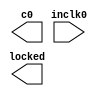
// megafunction wizard: %ALTPLL%VBB%
// GENERATION: STANDARD
// VERSION: WM1.0
// MODULE: altpll 

// ============================================================
// Megafunction Name(s):
// 			altpll
//
// Simulation Library Files(s):
// 			altera_mf
// ============================================================
// ************************************************************
// THIS IS A WIZARD-GENERATED FILE. DO NOT EDIT THIS FILE!
//
// 19.1.0 Build 670 09/22/2019 SJ Lite Edition
// ************************************************************

//Copyright (C) 2019  Intel Corporation. All rights reserved.
//Your use of Intel Corporation's design tools, logic functions 
//and other software and tools, and any partner logic 
//functions, and any output files from any of the foregoing 
//(including device programming or simulation files), and any 
//associated documentation or information are expressly subject 
//to the terms and conditions of the Intel Program License 
//Subscription Agreement, the Intel Quartus Prime License Agreement,
//the Intel FPGA IP License Agreement, or other applicable license
//agreement, including, without limitation, that your use is for
//the sole purpose of programming logic devices manufactured by
//Intel and sold by Intel or its authorized distributors.  Please
//refer to the applicable agreement for further details, at
//https://fpgasoftware.intel.com/eula.

module my_pll (
	inclk0,
	c0,
	locked);

	input	  inclk0;
	output	  c0;
	output	  locked;

endmodule

// ============================================================
// CNX file retrieval info
// ============================================================
// Retrieval info: PRIVATE: ACTIVECLK_CHECK STRING "0"
// Retrieval info: PRIVATE: BANDWIDTH STRING "1.000"
// Retrieval info: PRIVATE: BANDWIDTH_FEATURE_ENABLED STRING "1"
// Retrieval info: PRIVATE: BANDWIDTH_FREQ_UNIT STRING "MHz"
// Retrieval info: PRIVATE: BANDWIDTH_PRESET STRING "Low"
// Retrieval info: PRIVATE: BANDWIDTH_USE_AUTO STRING "1"
// Retrieval info: PRIVATE: BANDWIDTH_USE_PRESET STRING "0"
// Retrieval info: PRIVATE: CLKBAD_SWITCHOVER_CHECK STRING "0"
// Retrieval info: PRIVATE: CLKLOSS_CHECK STRING "0"
// Retrieval info: PRIVATE: CLKSWITCH_CHECK STRING "0"
// Retrieval info: PRIVATE: CNX_NO_COMPENSATE_RADIO STRING "0"
// Retrieval info: PRIVATE: CREATE_CLKBAD_CHECK STRING "0"
// Retrieval info: PRIVATE: CREATE_INCLK1_CHECK STRING "0"
// Retrieval info: PRIVATE: CUR_DEDICATED_CLK STRING "c0"
// Retrieval info: PRIVATE: CUR_FBIN_CLK STRING "c0"
// Retrieval info: PRIVATE: DEVICE_SPEED_GRADE STRING "Any"
// Retrieval info: PRIVATE: DIV_FACTOR0 NUMERIC "2"
// Retrieval info: PRIVATE: DUTY_CYCLE0 STRING "50.00000000"
// Retrieval info: PRIVATE: EFF_OUTPUT_FREQ_VALUE0 STRING "50.000000"
// Retrieval info: PRIVATE: EXPLICIT_SWITCHOVER_COUNTER STRING "0"
// Retrieval info: PRIVATE: EXT_FEEDBACK_RADIO STRING "0"
// Retrieval info: PRIVATE: GLOCKED_COUNTER_EDIT_CHANGED STRING "1"
// Retrieval info: PRIVATE: GLOCKED_FEATURE_ENABLED STRING "0"
// Retrieval info: PRIVATE: GLOCKED_MODE_CHECK STRING "0"
// Retrieval info: PRIVATE: GLOCK_COUNTER_EDIT NUMERIC "1048575"
// Retrieval info: PRIVATE: HAS_MANUAL_SWITCHOVER STRING "1"
// Retrieval info: PRIVATE: INCLK0_FREQ_EDIT STRING "100.000"
// Retrieval info: PRIVATE: INCLK0_FREQ_UNIT_COMBO STRING "MHz"
// Retrieval info: PRIVATE: INCLK1_FREQ_EDIT STRING "100.000"
// Retrieval info: PRIVATE: INCLK1_FREQ_EDIT_CHANGED STRING "1"
// Retrieval info: PRIVATE: INCLK1_FREQ_UNIT_CHANGED STRING "1"
// Retrieval info: PRIVATE: INCLK1_FREQ_UNIT_COMBO STRING "MHz"
// Retrieval info: PRIVATE: INTENDED_DEVICE_FAMILY STRING "MAX 10"
// Retrieval info: PRIVATE: INT_FEEDBACK__MODE_RADIO STRING "1"
// Retrieval info: PRIVATE: LOCKED_OUTPUT_CHECK STRING "1"
// Retrieval info: PRIVATE: LONG_SCAN_RADIO STRING "1"
// Retrieval info: PRIVATE: LVDS_MODE_DATA_RATE STRING "Not Available"
// Retrieval info: PRIVATE: LVDS_MODE_DATA_RATE_DIRTY NUMERIC "0"
// Retrieval info: PRIVATE: LVDS_PHASE_SHIFT_UNIT0 STRING "deg"
// Retrieval info: PRIVATE: MIG_DEVICE_SPEED_GRADE STRING "Any"
// Retrieval info: PRIVATE: MIRROR_CLK0 STRING "0"
// Retrieval info: PRIVATE: MULT_FACTOR0 NUMERIC "1"
// Retrieval info: PRIVATE: NORMAL_MODE_RADIO STRING "1"
// Retrieval info: PRIVATE: OUTPUT_FREQ0 STRING "100.00000000"
// Retrieval info: PRIVATE: OUTPUT_FREQ_MODE0 STRING "0"
// Retrieval info: PRIVATE: OUTPUT_FREQ_UNIT0 STRING "MHz"
// Retrieval info: PRIVATE: PHASE_RECONFIG_FEATURE_ENABLED STRING "1"
// Retrieval info: PRIVATE: PHASE_RECONFIG_INPUTS_CHECK STRING "0"
// Retrieval info: PRIVATE: PHASE_SHIFT0 STRING "0.00000000"
// Retrieval info: PRIVATE: PHASE_SHIFT_STEP_ENABLED_CHECK STRING "0"
// Retrieval info: PRIVATE: PHASE_SHIFT_UNIT0 STRING "deg"
// Retrieval info: PRIVATE: PLL_ADVANCED_PARAM_CHECK STRING "0"
// Retrieval info: PRIVATE: PLL_ARESET_CHECK STRING "0"
// Retrieval info: PRIVATE: PLL_AUTOPLL_CHECK NUMERIC "1"
// Retrieval info: PRIVATE: PLL_ENHPLL_CHECK NUMERIC "0"
// Retrieval info: PRIVATE: PLL_FASTPLL_CHECK NUMERIC "0"
// Retrieval info: PRIVATE: PLL_FBMIMIC_CHECK STRING "0"
// Retrieval info: PRIVATE: PLL_LVDS_PLL_CHECK NUMERIC "0"
// Retrieval info: PRIVATE: PLL_PFDENA_CHECK STRING "0"
// Retrieval info: PRIVATE: PLL_TARGET_HARCOPY_CHECK NUMERIC "0"
// Retrieval info: PRIVATE: PRIMARY_CLK_COMBO STRING "inclk0"
// Retrieval info: PRIVATE: RECONFIG_FILE STRING "my_pll.mif"
// Retrieval info: PRIVATE: SACN_INPUTS_CHECK STRING "0"
// Retrieval info: PRIVATE: SCAN_FEATURE_ENABLED STRING "1"
// Retrieval info: PRIVATE: SELF_RESET_LOCK_LOSS STRING "0"
// Retrieval info: PRIVATE: SHORT_SCAN_RADIO STRING "0"
// Retrieval info: PRIVATE: SPREAD_FEATURE_ENABLED STRING "0"
// Retrieval info: PRIVATE: SPREAD_FREQ STRING "50.000"
// Retrieval info: PRIVATE: SPREAD_FREQ_UNIT STRING "KHz"
// Retrieval info: PRIVATE: SPREAD_PERCENT STRING "0.500"
// Retrieval info: PRIVATE: SPREAD_USE STRING "0"
// Retrieval info: PRIVATE: SRC_SYNCH_COMP_RADIO STRING "0"
// Retrieval info: PRIVATE: STICKY_CLK0 STRING "1"
// Retrieval info: PRIVATE: STICKY_CLK1 STRING "0"
// Retrieval info: PRIVATE: STICKY_CLK2 STRING "0"
// Retrieval info: PRIVATE: STICKY_CLK3 STRING "0"
// Retrieval info: PRIVATE: STICKY_CLK4 STRING "0"
// Retrieval info: PRIVATE: SWITCHOVER_COUNT_EDIT NUMERIC "1"
// Retrieval info: PRIVATE: SWITCHOVER_FEATURE_ENABLED STRING "1"
// Retrieval info: PRIVATE: SYNTH_WRAPPER_GEN_POSTFIX STRING "0"
// Retrieval info: PRIVATE: USE_CLK0 STRING "1"
// Retrieval info: PRIVATE: USE_CLKENA0 STRING "0"
// Retrieval info: PRIVATE: USE_MIL_SPEED_GRADE NUMERIC "0"
// Retrieval info: PRIVATE: ZERO_DELAY_RADIO STRING "0"
// Retrieval info: LIBRARY: altera_mf altera_mf.altera_mf_components.all
// Retrieval info: CONSTANT: BANDWIDTH_TYPE STRING "AUTO"
// Retrieval info: CONSTANT: CLK0_DIVIDE_BY NUMERIC "2"
// Retrieval info: CONSTANT: CLK0_DUTY_CYCLE NUMERIC "50"
// Retrieval info: CONSTANT: CLK0_MULTIPLY_BY NUMERIC "1"
// Retrieval info: CONSTANT: CLK0_PHASE_SHIFT STRING "0"
// Retrieval info: CONSTANT: COMPENSATE_CLOCK STRING "CLK0"
// Retrieval info: CONSTANT: INCLK0_INPUT_FREQUENCY NUMERIC "10000"
// Retrieval info: CONSTANT: INTENDED_DEVICE_FAMILY STRING "MAX 10"
// Retrieval info: CONSTANT: LPM_TYPE STRING "altpll"
// Retrieval info: CONSTANT: OPERATION_MODE STRING "NORMAL"
// Retrieval info: CONSTANT: PLL_TYPE STRING "AUTO"
// Retrieval info: CONSTANT: PORT_ACTIVECLOCK STRING "PORT_UNUSED"
// Retrieval info: CONSTANT: PORT_ARESET STRING "PORT_UNUSED"
// Retrieval info: CONSTANT: PORT_CLKBAD0 STRING "PORT_UNUSED"
// Retrieval info: CONSTANT: PORT_CLKBAD1 STRING "PORT_UNUSED"
// Retrieval info: CONSTANT: PORT_CLKLOSS STRING "PORT_UNUSED"
// Retrieval info: CONSTANT: PORT_CLKSWITCH STRING "PORT_UNUSED"
// Retrieval info: CONSTANT: PORT_CONFIGUPDATE STRING "PORT_UNUSED"
// Retrieval info: CONSTANT: PORT_FBIN STRING "PORT_UNUSED"
// Retrieval info: CONSTANT: PORT_INCLK0 STRING "PORT_USED"
// Retrieval info: CONSTANT: PORT_INCLK1 STRING "PORT_UNUSED"
// Retrieval info: CONSTANT: PORT_LOCKED STRING "PORT_USED"
// Retrieval info: CONSTANT: PORT_PFDENA STRING "PORT_UNUSED"
// Retrieval info: CONSTANT: PORT_PHASECOUNTERSELECT STRING "PORT_UNUSED"
// Retrieval info: CONSTANT: PORT_PHASEDONE STRING "PORT_UNUSED"
// Retrieval info: CONSTANT: PORT_PHASESTEP STRING "PORT_UNUSED"
// Retrieval info: CONSTANT: PORT_PHASEUPDOWN STRING "PORT_UNUSED"
// Retrieval info: CONSTANT: PORT_PLLENA STRING "PORT_UNUSED"
// Retrieval info: CONSTANT: PORT_SCANACLR STRING "PORT_UNUSED"
// Retrieval info: CONSTANT: PORT_SCANCLK STRING "PORT_UNUSED"
// Retrieval info: CONSTANT: PORT_SCANCLKENA STRING "PORT_UNUSED"
// Retrieval info: CONSTANT: PORT_SCANDATA STRING "PORT_UNUSED"
// Retrieval info: CONSTANT: PORT_SCANDATAOUT STRING "PORT_UNUSED"
// Retrieval info: CONSTANT: PORT_SCANDONE STRING "PORT_UNUSED"
// Retrieval info: CONSTANT: PORT_SCANREAD STRING "PORT_UNUSED"
// Retrieval info: CONSTANT: PORT_SCANWRITE STRING "PORT_UNUSED"
// Retrieval info: CONSTANT: PORT_clk0 STRING "PORT_USED"
// Retrieval info: CONSTANT: PORT_clk1 STRING "PORT_UNUSED"
// Retrieval info: CONSTANT: PORT_clk2 STRING "PORT_UNUSED"
// Retrieval info: CONSTANT: PORT_clk3 STRING "PORT_UNUSED"
// Retrieval info: CONSTANT: PORT_clk4 STRING "PORT_UNUSED"
// Retrieval info: CONSTANT: PORT_clk5 STRING "PORT_UNUSED"
// Retrieval info: CONSTANT: PORT_clkena0 STRING "PORT_UNUSED"
// Retrieval info: CONSTANT: PORT_clkena1 STRING "PORT_UNUSED"
// Retrieval info: CONSTANT: PORT_clkena2 STRING "PORT_UNUSED"
// Retrieval info: CONSTANT: PORT_clkena3 STRING "PORT_UNUSED"
// Retrieval info: CONSTANT: PORT_clkena4 STRING "PORT_UNUSED"
// Retrieval info: CONSTANT: PORT_clkena5 STRING "PORT_UNUSED"
// Retrieval info: CONSTANT: PORT_extclk0 STRING "PORT_UNUSED"
// Retrieval info: CONSTANT: PORT_extclk1 STRING "PORT_UNUSED"
// Retrieval info: CONSTANT: PORT_extclk2 STRING "PORT_UNUSED"
// Retrieval info: CONSTANT: PORT_extclk3 STRING "PORT_UNUSED"
// Retrieval info: CONSTANT: SELF_RESET_ON_LOSS_LOCK STRING "OFF"
// Retrieval info: CONSTANT: WIDTH_CLOCK NUMERIC "5"
// Retrieval info: USED_PORT: @clk 0 0 5 0 OUTPUT_CLK_EXT VCC "@clk[4..0]"
// Retrieval info: USED_PORT: c0 0 0 0 0 OUTPUT_CLK_EXT VCC "c0"
// Retrieval info: USED_PORT: inclk0 0 0 0 0 INPUT_CLK_EXT GND "inclk0"
// Retrieval info: USED_PORT: locked 0 0 0 0 OUTPUT GND "locked"
// Retrieval info: CONNECT: @inclk 0 0 1 1 GND 0 0 0 0
// Retrieval info: CONNECT: @inclk 0 0 1 0 inclk0 0 0 0 0
// Retrieval info: CONNECT: c0 0 0 0 0 @clk 0 0 1 0
// Retrieval info: CONNECT: locked 0 0 0 0 @locked 0 0 0 0
// Retrieval info: GEN_FILE: TYPE_NORMAL my_pll.v TRUE
// Retrieval info: GEN_FILE: TYPE_NORMAL my_pll.ppf TRUE
// Retrieval info: GEN_FILE: TYPE_NORMAL my_pll.inc FALSE
// Retrieval info: GEN_FILE: TYPE_NORMAL my_pll.cmp FALSE
// Retrieval info: GEN_FILE: TYPE_NORMAL my_pll.bsf TRUE
// Retrieval info: GEN_FILE: TYPE_NORMAL my_pll_inst.v FALSE
// Retrieval info: GEN_FILE: TYPE_NORMAL my_pll_bb.v TRUE
// Retrieval info: LIB_FILE: altera_mf
// Retrieval info: CBX_MODULE_PREFIX: ON